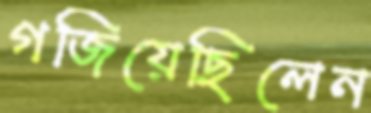
গজিয়েছিলেন